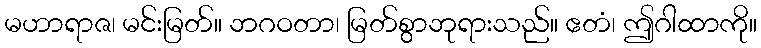
မဟာရာဇ၊ မင်းမြတ်။ ဘဂဝတာ၊ မြတ်စွာဘုရားသည်။ ဧတံ၊ ဤဂါထာကို။